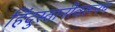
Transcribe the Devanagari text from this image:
हिंदुस्तानीवरूनच